Loodushoiu_ja_Turismi_Instituut, lk 372
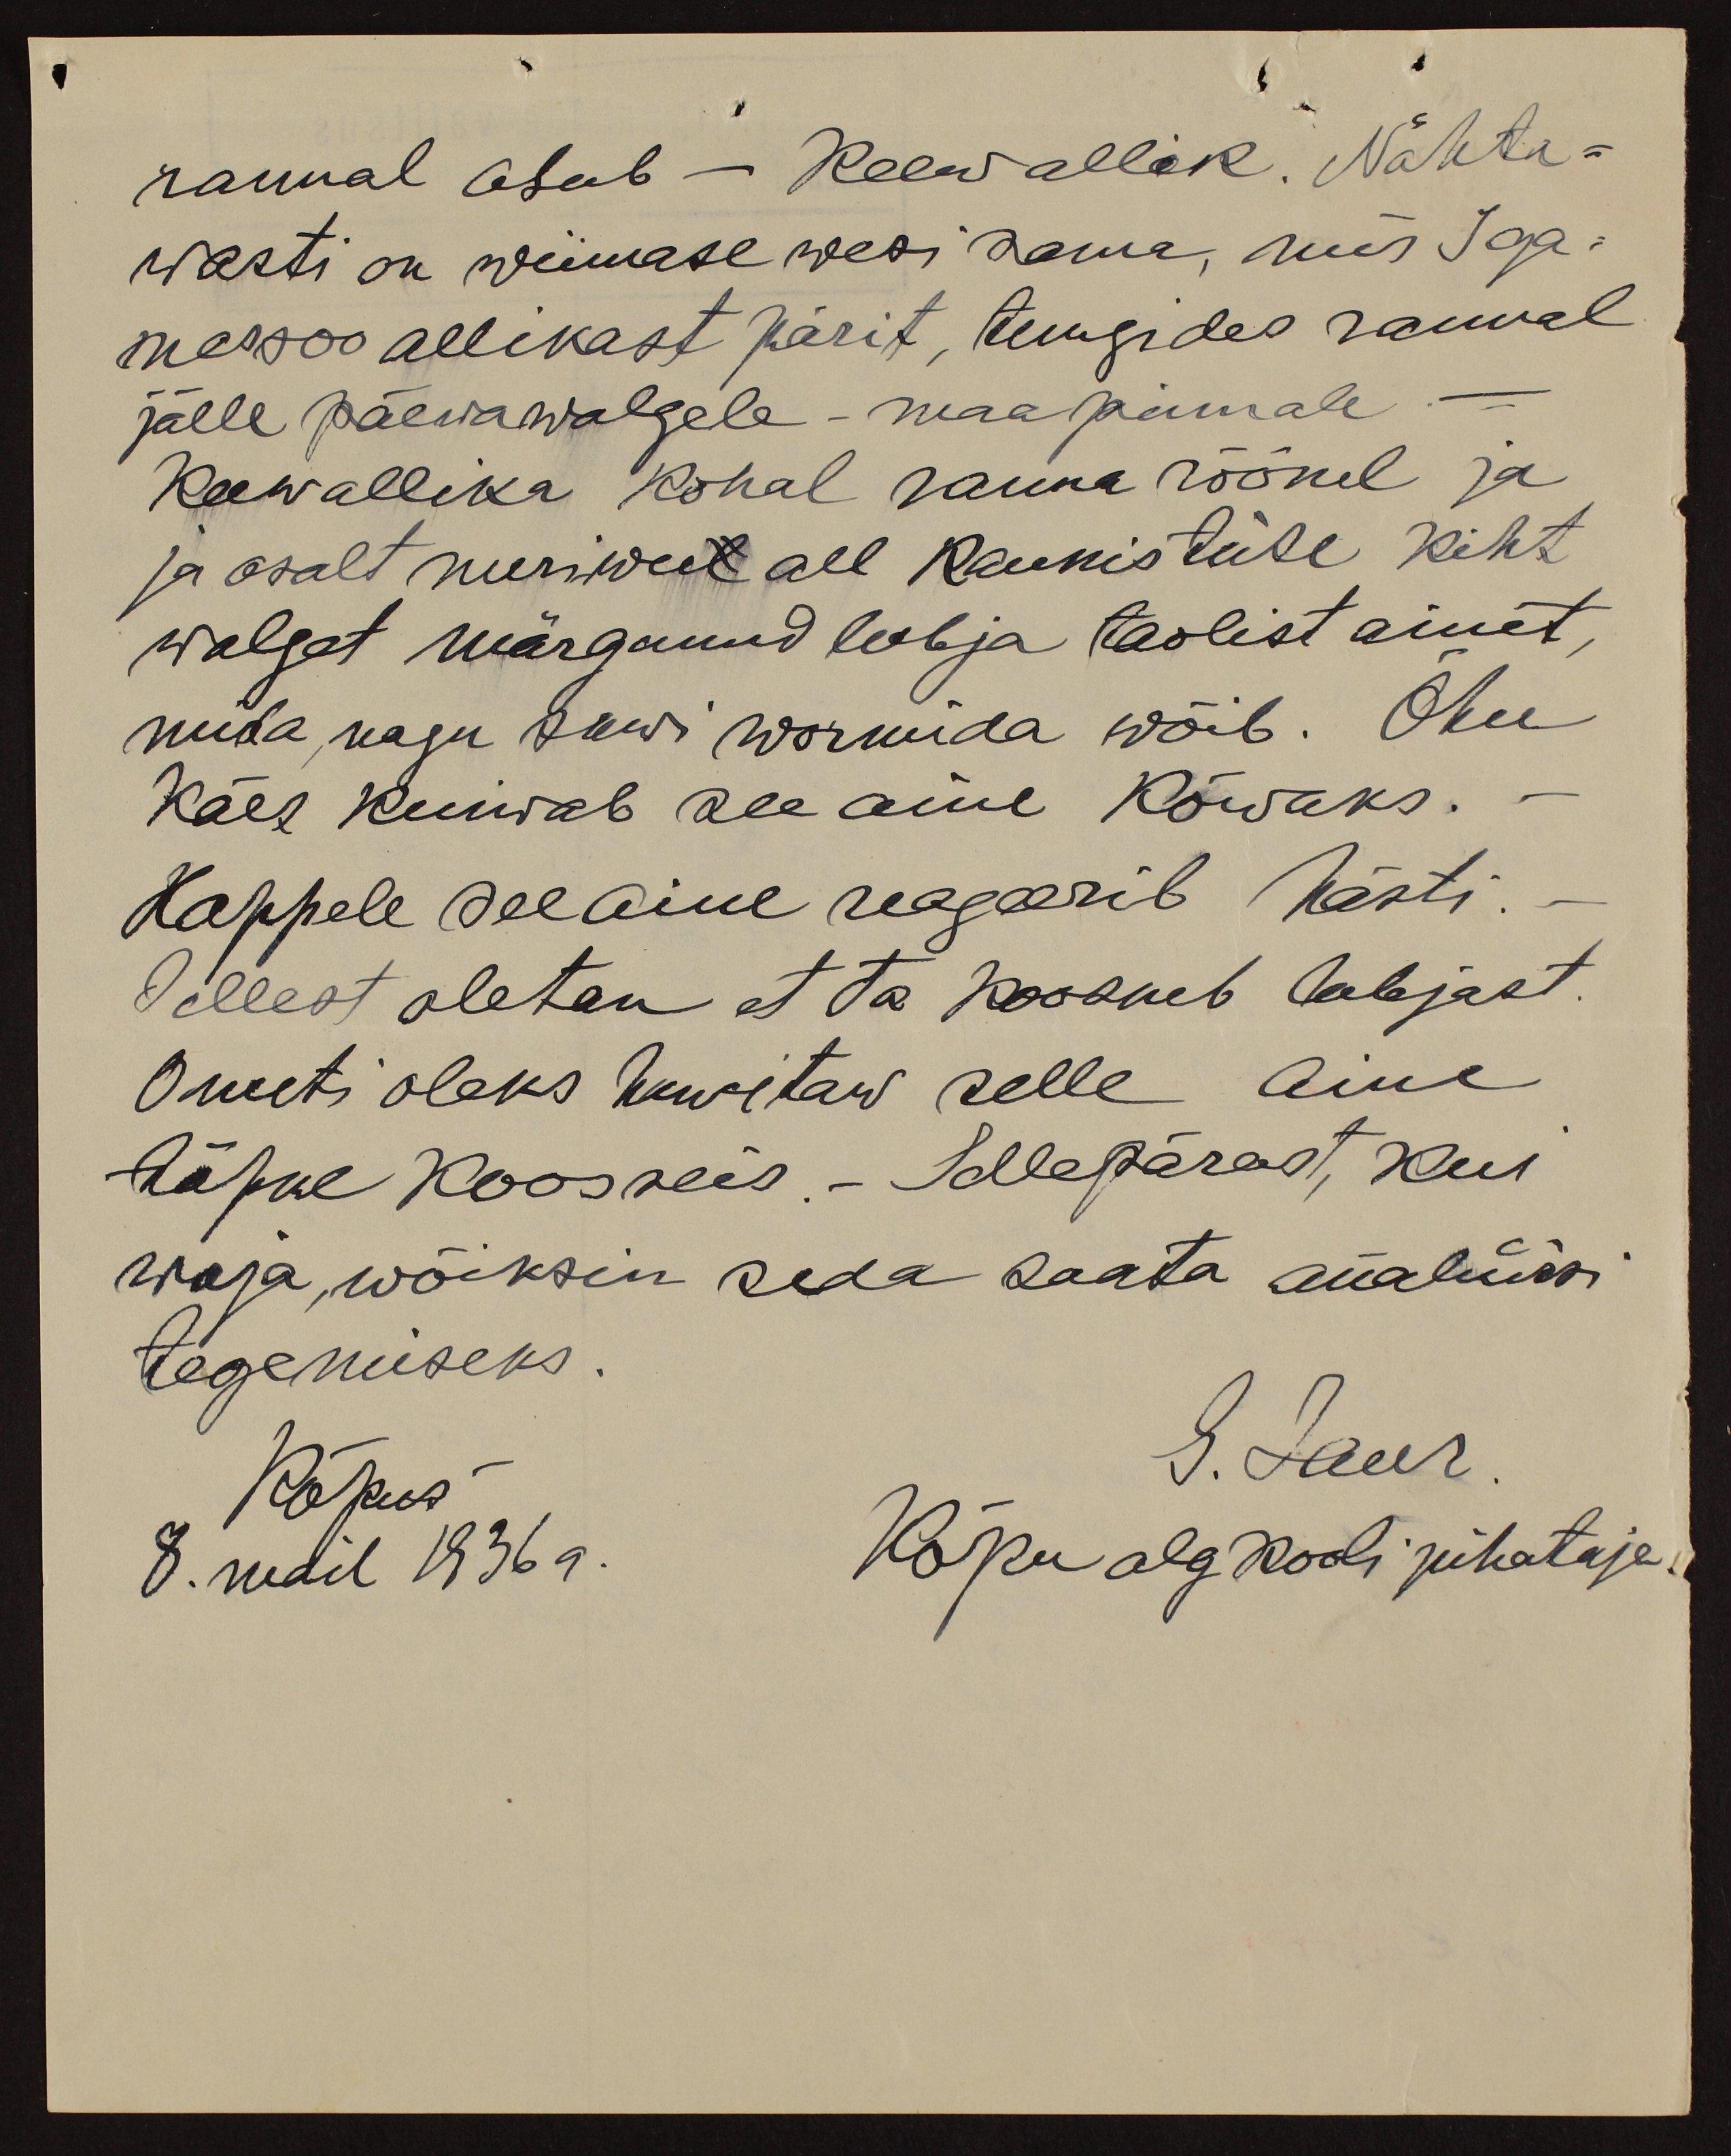
rannal asub - Keewallik. Nähta-
wasti on wiimase wesi sama, mis Iga-
messoo allikast pärit, tungides rannal
jälle päewawalgele - maa pinnale
Keewallika kohal rauna rõõnel ja
ja osalt meriweel all kaunistuse kiht
walget märganud lubja taolist ainet,
mida nagu sawi wormida wõib. Õhu
käes kuiwab see aine kõwaks.
Happele see aine reageerib hästi.
Sellest oletan et ta koosneb lubjast.
Ometi oleks huwitaw selle aine
täpne koosseis. - Sellepärast, kui
waja, wõiksin seda saata analüüsi
tegemiseks.
Kõpus
S. Jaur
8. mail 1936 a.
Kõpu algkooli juhataja.